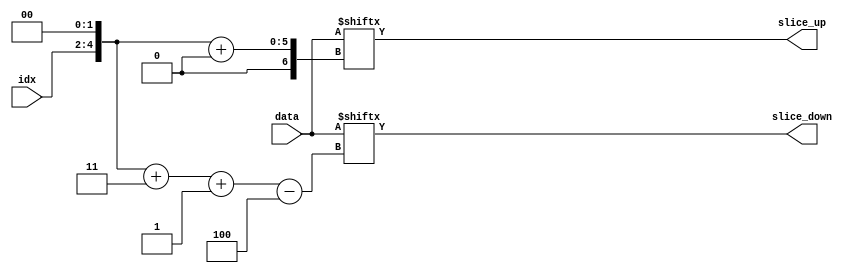
module partsel_test001(input [2:0] idx, input [31:0] data, output [3:0] slice_up, slice_down);
wire [5:0] offset = idx << 2;
assign slice_up = data[offset +: 4];
assign slice_down = data[offset + 3 -: 4];
endmodule

module partsel_test002 (
	input clk, rst,
	input [7:0] a,
	input [0:7] b,
	input [1:0] s,
	output [7:0] x1, x2, x3,
	output [0:7] x4, x5, x6,
	output [7:0] y1, y2, y3,
	output [0:7] y4, y5, y6,
	output [7:0] z1, z2, z3,
	output [0:7] z4, z5, z6,
	output [7:0] w1, w2, w3,
	output [0:7] w4, w5, w6,
	output [7:0] p1, p2, p3, p4, p5, p6,
	output [0:7] q1, q2, q3, q4, q5, q6,
	output reg [7:0] r1,
	output reg [0:7] r2
);

assign x1 = a, x2 = a + b, x3 = b;
assign x4 = a, x5 = a + b, x6 = b;
assign y1 = a[4 +: 3], y2 = a[4 +: 3] + b[4 +: 3], y3 = b[4 +: 3];
assign y4 = a[4 +: 3], y5 = a[4 +: 3] + b[4 +: 3], y6 = b[4 +: 3];
assign z1 = a[4 -: 3], z2 = a[4 -: 3] + b[4 -: 3], z3 = b[4 -: 3];
assign z4 = a[4 -: 3], z5 = a[4 -: 3] + b[4 -: 3], z6 = b[4 -: 3];
assign w1 = a[6:3], w2 = a[6:3] + b[3:6], w3 = b[3:6];
assign w4 = a[6:3], w5 = a[6:3] + b[3:6], w6 = b[3:6];
assign p1 = a[s], p2 = b[s], p3 = a[s+2 +: 2], p4 = b[s+2 +: 2], p5 = a[s+2 -: 2], p6 = b[s+2 -: 2];
assign q1 = a[s], q2 = b[s], q3 = a[s+2 +: 2], q4 = b[s+2 +: 2], q5 = a[s+2 -: 2], q6 = b[s+2 -: 2];

always @(posedge clk) begin
	if (rst) begin
		{ r1, r2 } = 16'h1337 ^ {a, b};
	end else begin
		case (s)
			0: begin
				r1[3:0] <= r2[0:3] ^ x1;
				r2[4:7] <= r1[7:4] ^ x4;
			end
			1: begin
				r1[2 +: 3] <= r2[5 -: 3] + x1;
				r2[3 +: 3] <= r1[6 -: 3] + x4;
			end
			2: begin
				r1[6 -: 3] <= r2[3 +: 3] - x1;
				r2[7 -: 3] <= r1[4 +: 3] - x4;
			end
			3: begin
				r1 <= r2;
				r2 <= r1;
			end
		endcase
	end
end

endmodule

module partsel_test003(input [2:0] a, b, input [31:0] din, output [3:0] dout);
assign dout = din[a*b +: 2];
endmodule

module partsel_test004 (
	input [31:0] din,
	input signed [4:0] n,
	output reg [31:0] dout
);
	always @(*) begin
		dout = 0;
		dout[n+1 +: 2] = din[n +: 2];
	end
endmodule


module partsel_test005 (
	input [31:0] din,
	input signed [4:0] n,
	output reg [31:0] dout
);
	always @(*) begin
		dout = 0;
		dout[n+1] = din[n];
	end
endmodule

module partsel_test006 (
	input [31:-32] din,
	input signed [4:0] n,
	output reg [31:-32] dout
);
	always @(*) begin
		dout = 0;
		dout[n+1 +: 2] = din[n +: 2];
	end
endmodule


module partsel_test007 (
	input [31:-32] din,
	input signed [4:0] n,
	output reg [31:-32] dout
);
	always @(*) begin
		dout = 0;
		dout[n+1] = din[n];
	end
endmodule


module partsel_test008 (
	input [127:0] din,
	input [3:0] idx,
	input        [4:0] uoffset,
	input signed [4:0] soffset,
	output [ 7:0] dout0,
	output [ 7:0] dout1,
	output [ 7:0] dout2,
	output [ 7:0] dout3,
	output [ 3:0] dout4,
	output [ 3:0] dout5,
	output [ 3:0] dout6,
	output [ 3:0] dout7,
	output [ 3:0] dout8,
	output [11:0] dout9,
	output [11:0] dout10,
	output [11:0] dout11
);

// common: block-select with offsets
assign dout0  = din[idx*8 +uoffset +:8];
assign dout1  = din[idx*8 -uoffset +:8];
assign dout2  = din[idx*8 +soffset +:8];
assign dout3  = din[idx*8 -soffset +:8];

// only partial block used
assign dout4  = din[idx*8 +uoffset +:4];
assign dout5  = din[idx*8 -uoffset +:4];
assign dout6  = din[idx*8 +soffset +:4];
assign dout7  = din[idx*8 -soffset +:4];

// uncommon: more than one block used
assign dout8  = din[idx*8 +uoffset +:12];
assign dout9  = din[idx*8 -uoffset +:12];
assign dout10 = din[idx*8 +soffset +:12];
assign dout11 = din[idx*8 -soffset +:12];
endmodule